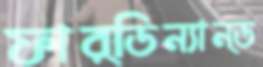
ফার্ডিন্যান্ড